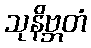
သုနိဗ္ဘတံ